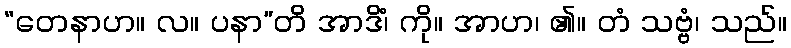
“တေနာဟ။ လ။ ပနာ”တိ အာဒိံ၊ ကို။ အာဟ၊ ၏။ တံ သဗ္ဗံ၊ သည်။